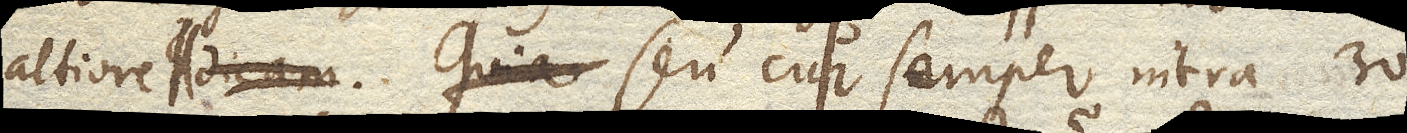
altiore seu cur semper intra 30